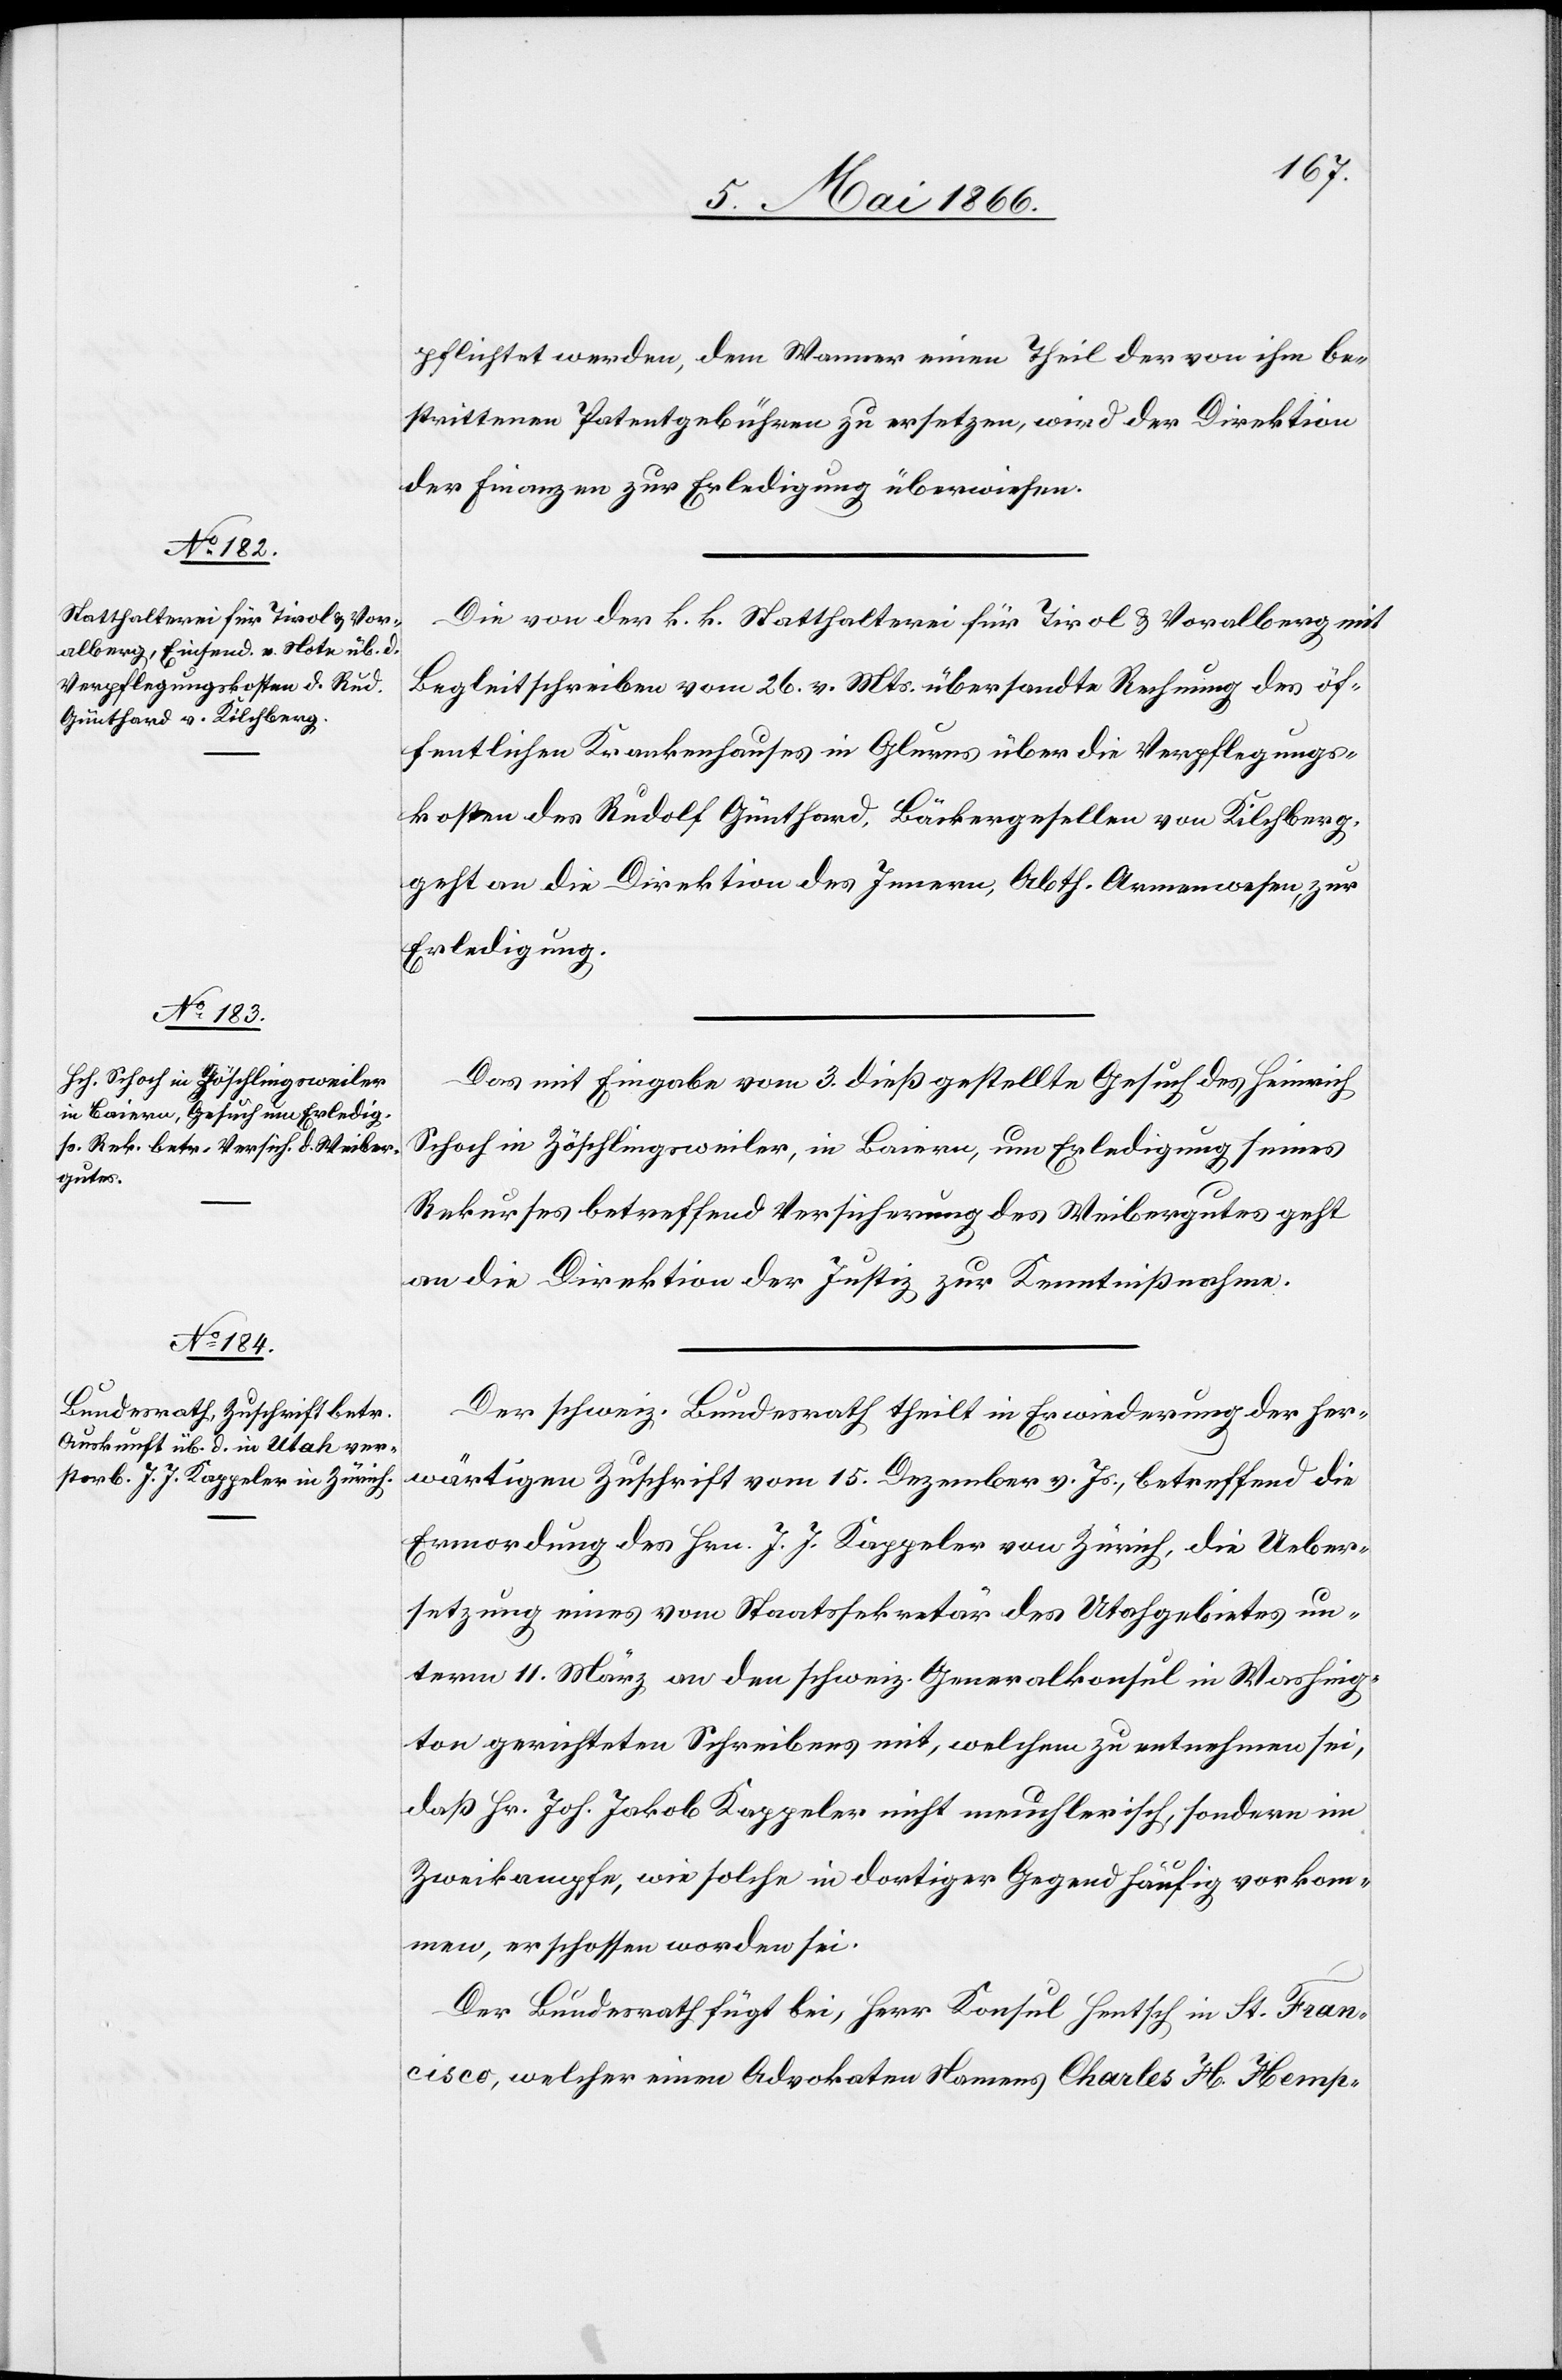
8. Mai 1866.]
pflichtet werden, dem Wanner einen Theil der von ihm be¬
strittenen Patentgebühren zu ersetzen, wird der Direktion
der Finanzen zur Erledigung überwiesen.
Die von der k. k. Statthalterei für Tirol u. Vorarlberg mit
Begleitschreiben vom 26. v. Mts. übersandte Rechnung des öf¬
fentlichen Krankenhauses in Glarus über die Verpflegungs¬
kosten des Rudolf Günthard, Backergesellen von Kilchberg,
geht an die Direktion des Innern, Abth. Armenwesen, zur
Erledigung.
Das mit Eingabe vom 3. dieß gestellte Gesuch des Heinrich
Schoch in Zöschlingsweiler, in Baiern, um Erledigung seines
Rekurses betreffend Versicherung des Weibergutes geht
an die Direktion der Justiz zur Kenntnißnahme.
Der schweiz. Bundesrath theilt in Erwiederung der her¬
wärtigen Zuschrift vom 15. Dezember v. Js., betreffend die
Ermordung des Hrn. J. J. Kappeler von Zürich, die Ueber¬
setzung eines vom Staatssekretär des Utahgebietes un¬
term 11. März an den schweiz. Generalkonsul in Washing¬
ton gerichteten Schreibens mit, welchem zu entnehmen sei,
daß Hr. Joh. Jakob Kappeler nicht meuchlerisch, sondern im
Zweikampfe, wie solche in dortiger Gegend häufig vorkom¬
men, erschossen worden sei.
Der Bundesrath fügt bei, Herr Konsul Hertsch in St. Fran¬
cisco, welcher einen Advokaten Namens Charles H. Hemp-